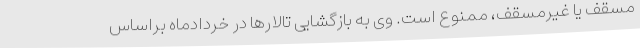
مسقف یا غیرمسقف، ممنوع است. وی به بازگشایی تالارها در خردادماه براساس